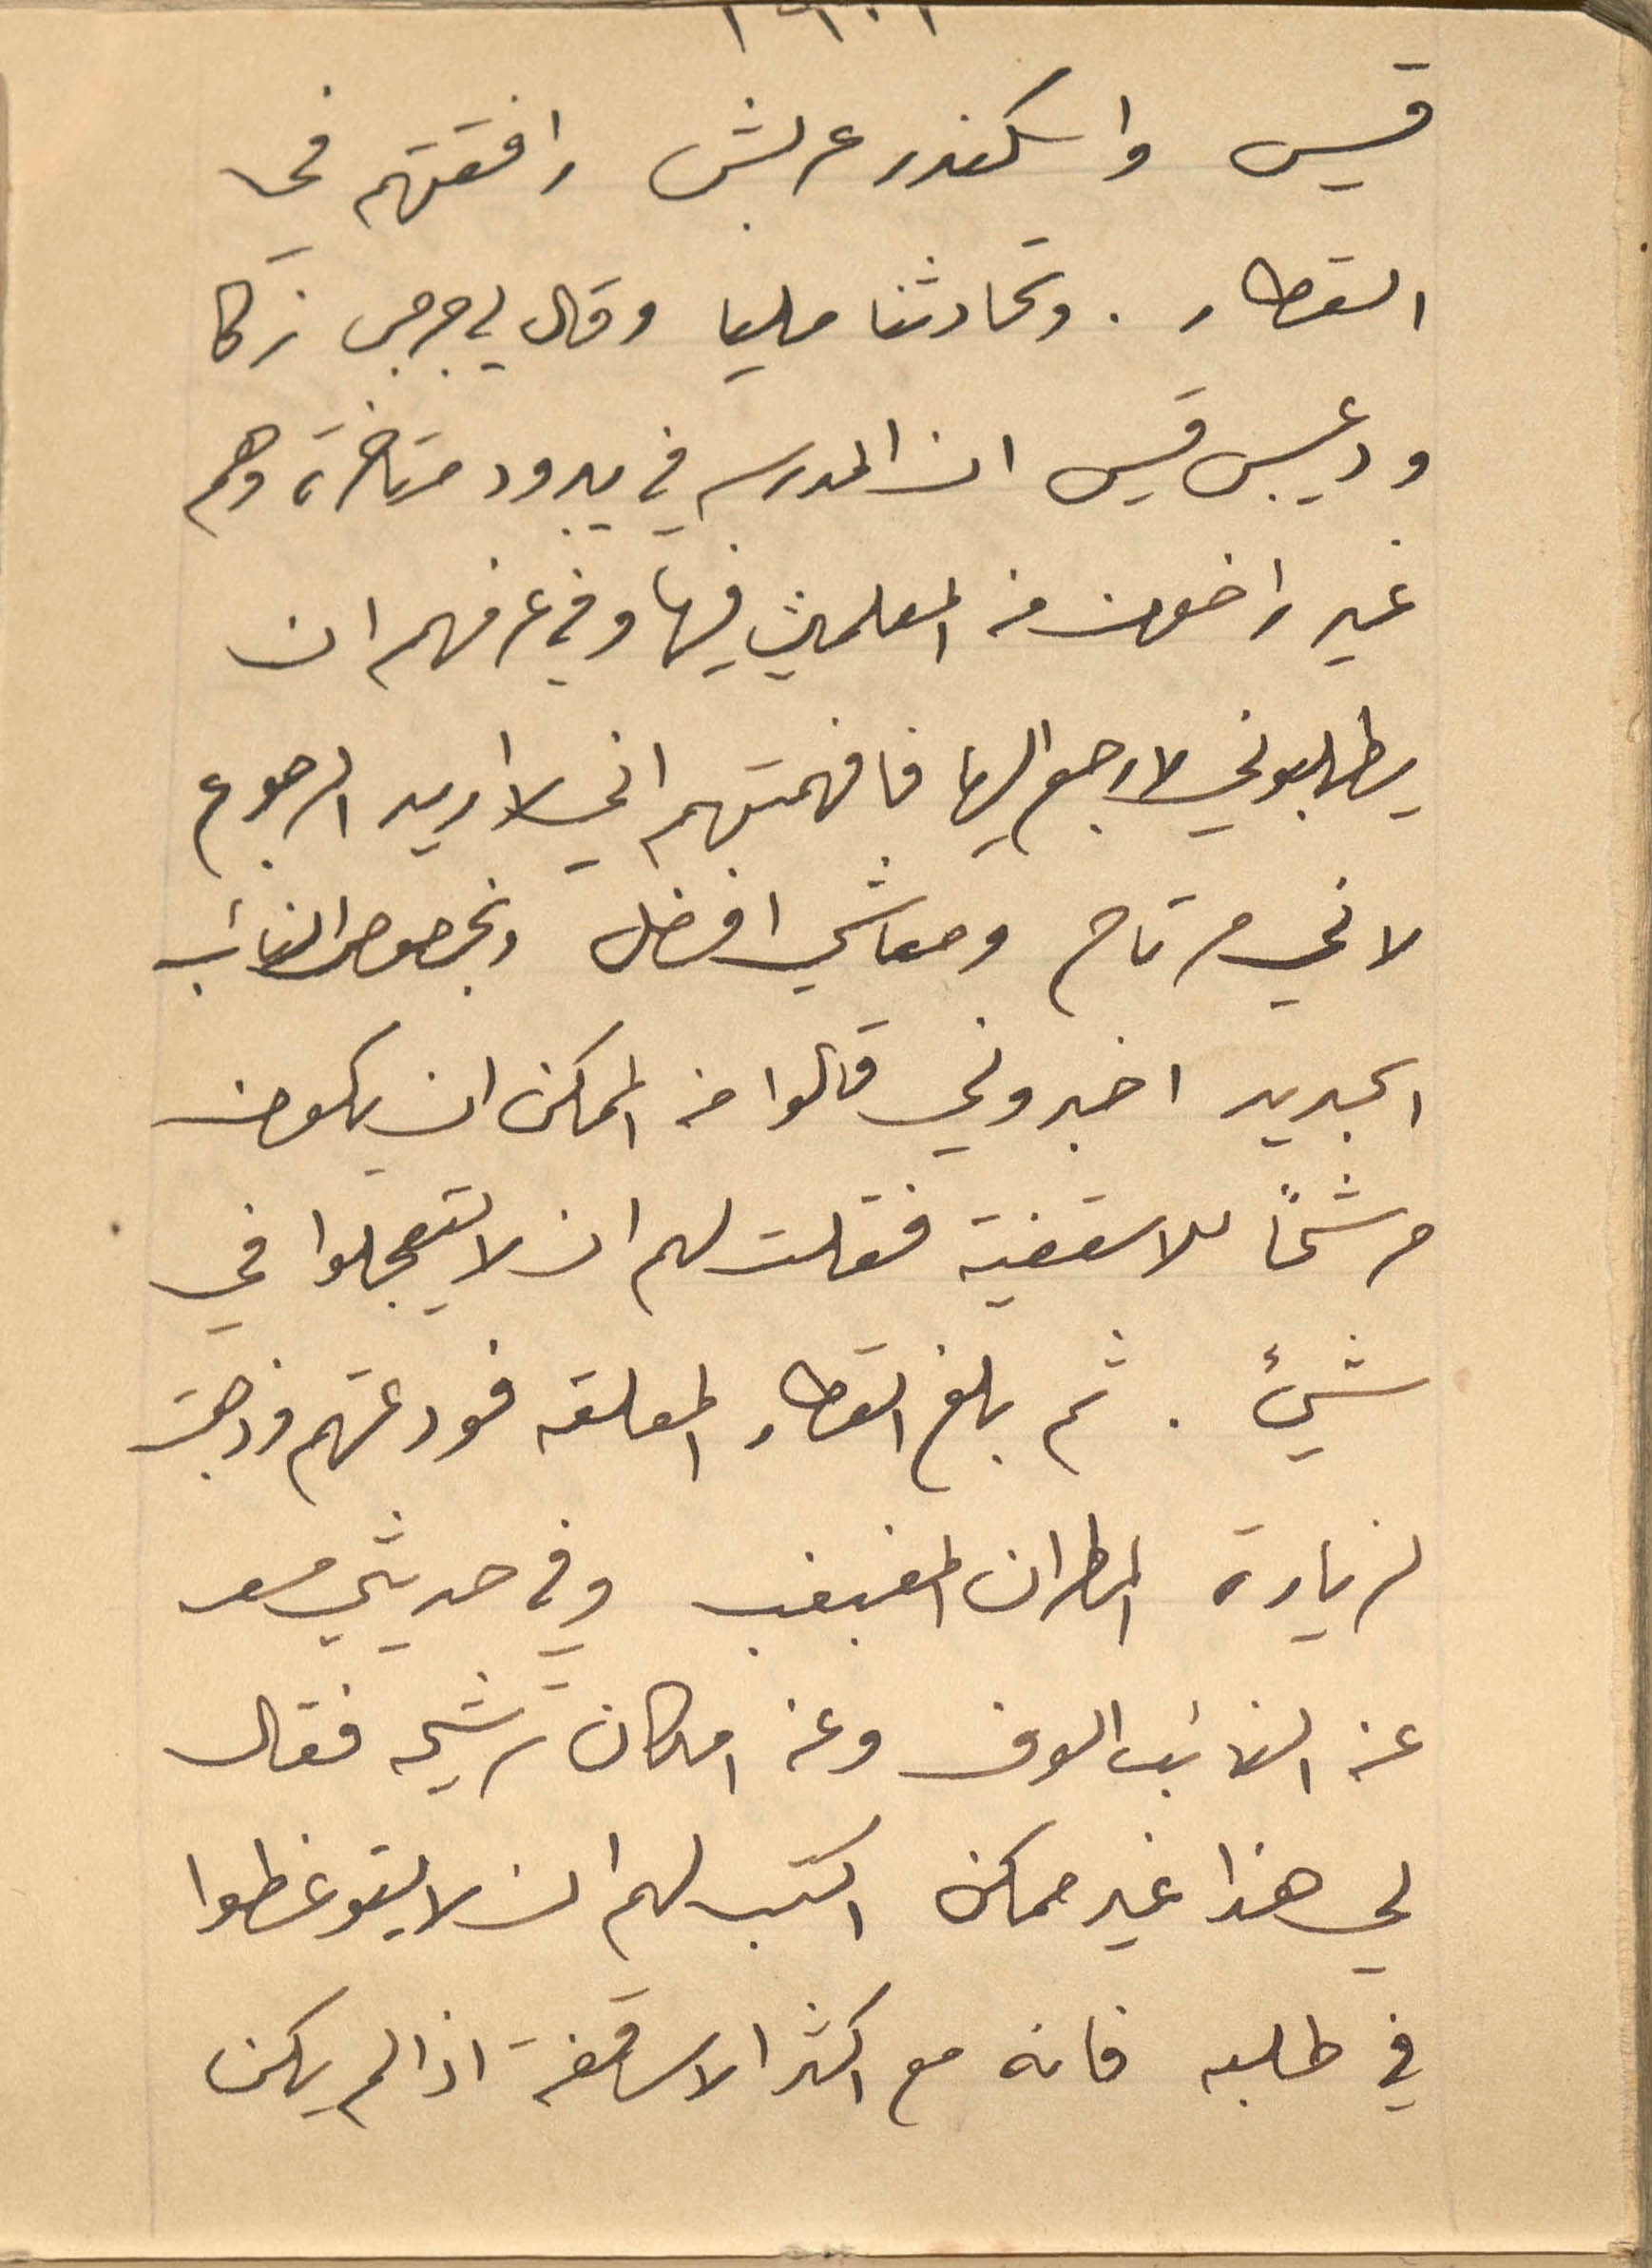
قيس واسكندر عربش رافقتهم فى
القطار. وتحادثنا مليا وقال لي جرجس زكا
ودعيبس قيس ان المدرسه في يبرود متاخرة وهم
غير راضون من المعلمين فيها وفي عرفهم ان
يطلبوني لارجع اليها فافهمتهم اني لا اريد الرجوع
لاني مرتاح ومعاشي افضل وبخصوص النائب
الجديد اخبروني قالوا من الممكن ان يكون
مرشحًا للاسقفية فقلت لهم ان لا يتعجلوا في
شيء. ثم بلغ القطار المعلقة فودعتهم وذهبت
لزيارة المطران المغبغب وفي حديثي معه
عن النائب الوف وعن امكان ترشيحه فقال
لي هذا غير ممكن اكتب لهم ان لا يتوغطوا
في طلبه فانه مع اكثر الاساقفة اذا لم يكن
١٩٠١